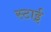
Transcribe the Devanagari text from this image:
स्टाई